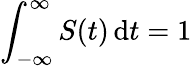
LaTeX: \int_{-\infty}^{\infty}S(t)\, \mathrm{d}t=1